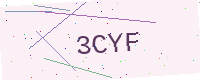
Text: 3CYF